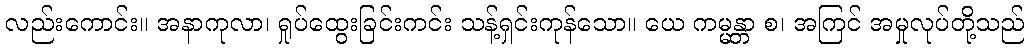
လည်းကောင်း။ အနာကုလာ၊ ရှုပ်ထွေးခြင်းကင်း သန့်ရှင်းကုန်သော။ ယေ ကမ္မန္တာ စ၊ အကြင် အမှုလုပ်တို့သည်